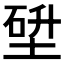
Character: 𡎂